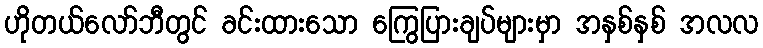
ဟိုတယ်လော်ဘီတွင် ခင်းထားသော ကြွေပြားချပ်များမှာ အနှစ်နှစ် အလလ